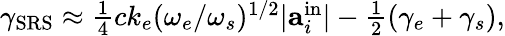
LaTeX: \begin{array}{r}{\gamma_{\mathrm{SRS}}\approx\frac{1}{4}ck_{e}(\omega_{e}/\omega_{s})^{1/2}|\textbf{a}_{i}^{\mathrm{in}}|-\frac{1}{2}(\gamma_{e}+\gamma_{s}),}\end{array}